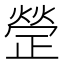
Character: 𭭱